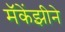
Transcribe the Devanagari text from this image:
मॅकेंझीने